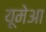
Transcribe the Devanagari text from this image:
यूमेआ